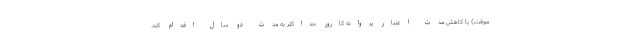
موقت) یا کاهش مدت اعتبار پروانه کارور حداکثر به مدت دو سال اقدام کند.